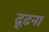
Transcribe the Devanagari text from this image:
ढ़ूढना